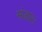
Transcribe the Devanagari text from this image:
मंजार।